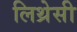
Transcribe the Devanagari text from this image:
लिथ्रेसी